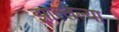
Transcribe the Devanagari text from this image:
झाल्लेल्या